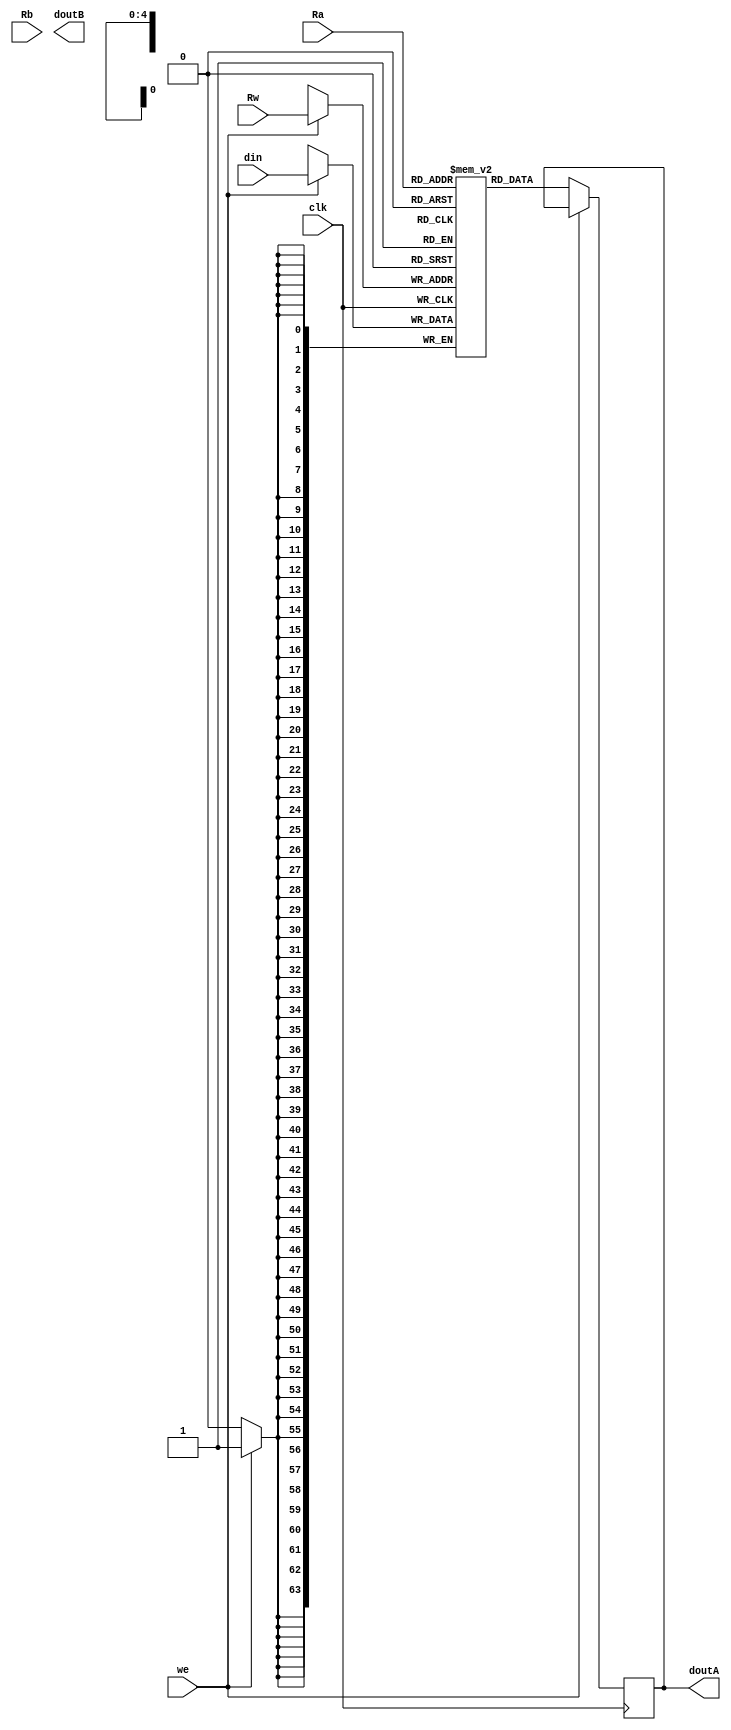
module registrador (clk, din, we, Rw, Ra, Rb, doutA, doutB);
    input clk;             // Clock do sistema
    input [63:0] din; // Dados de entrada  
    input we;          // Sinal de carregamento de dados
    output reg [64-1:0] doutA; 
    output reg [64-1:0]  doutB; // Dados de sada
    input [4:0] Rw;
    input [4:0] Ra;
    input [4:0] Rb;

    reg [63:0] registradores [31:0]; //Registradores

    initial begin

        registradores[0] = 32;

    end

    always @(posedge clk) begin
          

        if (we) begin // Se o sinal de carregamento de dados estiver ativo
            registradores[Rw] <= din; // Carrega os dados de entrada no registrador
          
    
        end
        else
        begin
            doutA <= registradores[Ra]; // L os dados do registrador 
    end
    end

    

endmodule